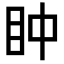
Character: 𥄡